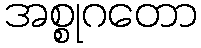
အစ္စုဂတော